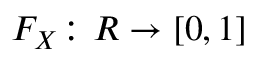
F _ { X } \colon R \to [ 0 , 1 ]